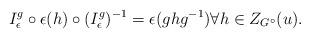
LaTeX: \begin{align*}I^g_\epsilon \circ \epsilon (h) \circ (I^g_\epsilon)^{-1} = \epsilon (g h g^{-1}) \forall h \in Z_{G^\circ}(u) . \end{align*}